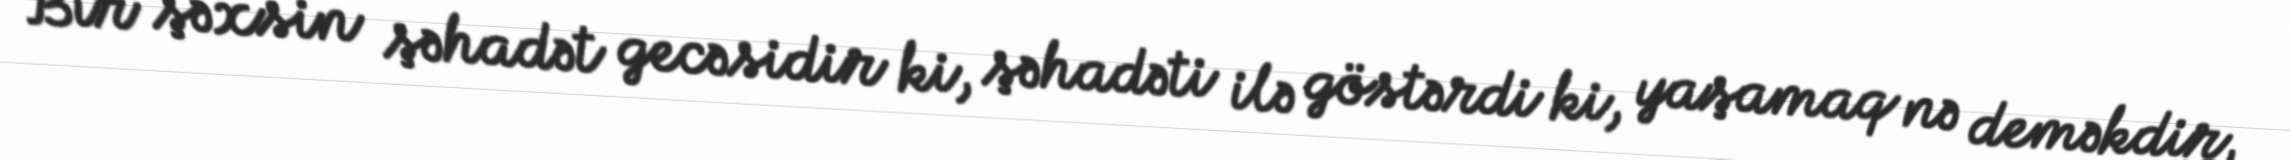
Bir şəxsin şəhadət gecəsidir ki, şəhadəti ilə göstərdi ki, yaşamaq nə deməkdir,